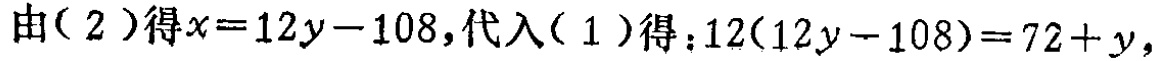
由( 2 )得\(x = 12y - 108\),代入( 1 )得：\(12(12y - 108)=72 + y\),